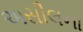
અસીલના